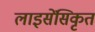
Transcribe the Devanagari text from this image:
लाइसेंसिकृत